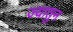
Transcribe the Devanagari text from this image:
ज्यातुन